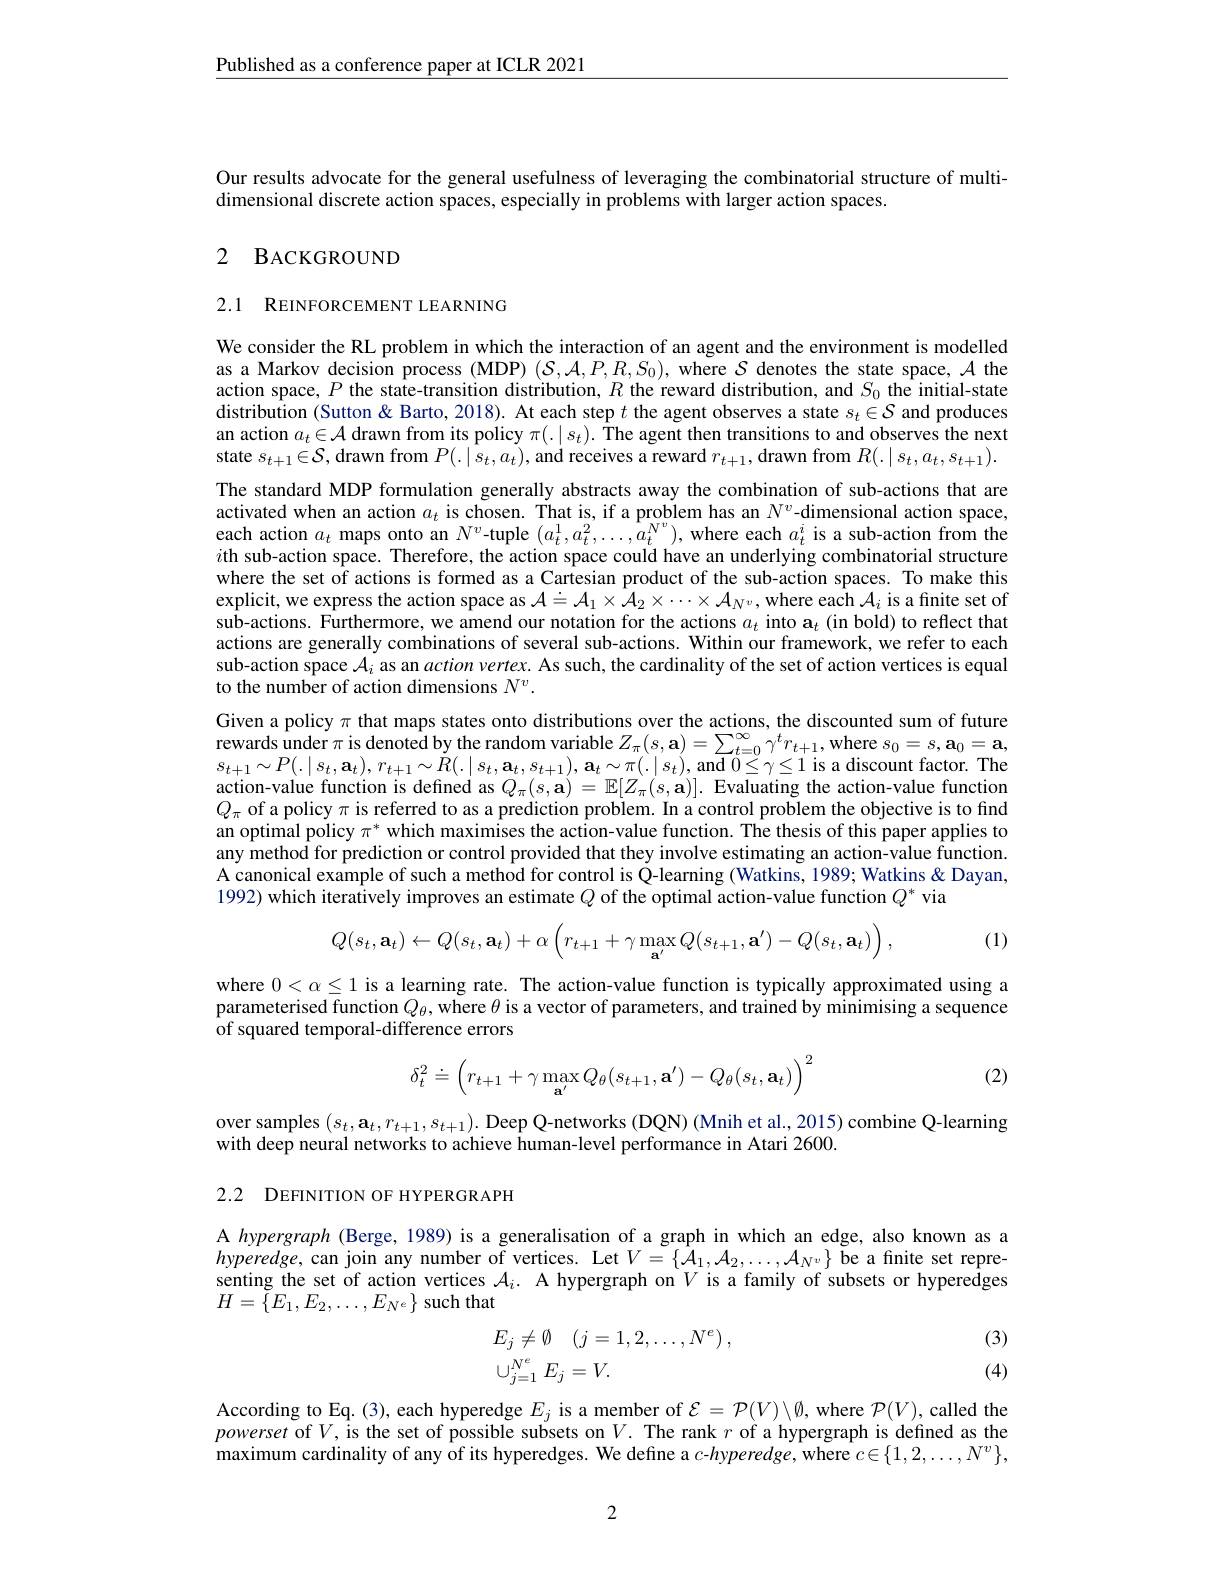
Published as a conference paper at ICLR 2021

Our results advocate for the general usefulness of leveraging the combinatorial structure of multi-
dimensional discrete action spaces, especially in problems with larger action spaces.

# 2 BACKGROUND

2.1 REINFORCEMENT LEARNING

We consider the RL problem in which the interaction of an agent and the environment is modelled as a Markov decision process (MDP) $(\mathcal{S},\mathcal{A},P,R,S_0)$, where $\mathcal{S}$ denotes the state space, $\mathcal{A}$ the action space, $P$ the state-transition distribution, $R$ the reward distribution, and $S_0$ the initial-state distribution (Sutton & Barto, 2018). At each step $t$ the agent observes a state $s_t\in\mathcal{S}$ and produces an action $a_t\in\mathcal{A}$ drawn from its policy $\pi(.|s_t).$ The agent then transitions to and observes the next state $s_t+1\in\mathcal{S}$, drawn from $P(.|\tilde{s}_t,a_t)$, and receives a reward $r_t+1$, drawn from $R(.|s_t,a_t,s_{t+1}).$ The standard MDP formulation generally abstracts away the combination of sub-actions that are activated when an action $a_t$ is chosen. That is, if a problem has an $N^v$-dimensional action space, each action $a_t$ maps onto an $N^v$-tuple $(a_t^1,a_t^2,\ldots,a_t^{N^v})$, where each $a_t^i$ is a sub-action from the $i$th sub-action space. Therefore, the action space could have an underlying combinatorial structure where the set of actions is formed as a Cartesian product of the sub-action spaces. To make this explicit, we express the action space as $\mathcal{A}=\mathcal{A}_1\times\mathcal{A}_2\times\cdots\times\mathcal{A}_{N^v}$, where each $\mathcal{A}_i$ is a finite set of sub-actions. Furthermore, we amend our notation for the actions $a_t$ into a$_t$ (in bold) to reflect that actions are generally combinations of several sub-actions. Within our framework, we refer to each sub-action space $\mathcal{A}_i$ as an action vertex. As such, the cardinality of the set of action vertices is equal to the number of action dimensions $N^v.$
Given a policy $\pi$ that maps states onto distributions over the actions, the discounted sum of future rewards under $\pi$ is denoted by the random variable $Z_\pi(s,\mathbf{a})=\sum_{t=0}^\infty\gamma^tr_{t+1}$, where $s_0=s,\mathbf{a}_0=\mathbf{a}$, $s_{t+1}\sim P(.\mid s_{t},\mathbf{a}_{t}),r_{t+1}\sim\dot{R}(.\mid s_{t},\mathbf{a}_{t},s_{t+1}),\mathbf{a}_{t}\sim\pi(.\mid s_{t})$,and $0\leq\gamma\leq1$ is a discount factor.The action-value function is defined as $Q_\pi(s,\mathbf{a})=\mathbb{E}[Z_\pi(s,\mathbf{a})].$ Evaluating the action-value function $Q_{\pi}$ of a policy $\pi$ is referred to as a prediction problem. In a control problem the objective is to find an optimal policy $\pi^*$ which maximises the action-value function. The thesis of this paper applies to any method for prediction or control provided that they involve estimating an action-value function. $\hat{\text{A canonical example of such a method for control is Q-learning (Watkins, 1989; Watkins }\&}$Dayan, 1992) which iteratively improves an estimate $Q$ of the optimal action-value function $Q^*$ via
$$Q(s_t,\mathbf{a}_t)\leftarrow Q(s_t,\mathbf{a}_t)+\alpha\left(r_{t+1}+\gamma\max_{\mathbf{a}'}Q(s_{t+1},\mathbf{a}')-Q(s_t,\mathbf{a}_t)\right),$$
(1)

where $0<\alpha\leq1$ is a learning rate. The action-value function is typically approximated using a parameterised function $Q_\theta$, where $\theta$ is a vector of parameters, and trained by minimising a sequence of squared temporal- difference errors

(2)
$$\delta_{t}^{2}\doteq\left(r_{t+1}+\gamma\max_{\mathbf{a}'}Q_{\theta}(s_{t+1},\mathbf{a}')-Q_{\theta}(s_{t},\mathbf{a}_{t})\right)^{2}$$
over samples $(s_t,\mathbf{a}_t,r_{t+1},s_{t+1}).$ Deep Q-networks (DQN) (Mnih et al.,2015) combine Q-learning
with deep neural networks to achieve human-level performance in Atari 2600.

2.2 DEFINITION OF HYPERGRAPH

A hypergraph (Berge, 1989) is a generalisation of a graph in which an edge, also known as a $hyperedge$, can join any number of vertices. Let $V=\{\hat{\mathcal A}_1,\mathcal{A}_2,\ldots,\mathcal{A}_N^v\}$ be a finite set representing the set of action vertices $\mathcal{A}_i.$ A hypergraph on $V$ is a family of subsets or hyperedges $H=\{E_{1},E_{2},\ldots,E_{N^{e}}\}$ such that

(3)
$$\begin{array}{ll}E_j\neq\emptyset&(j=1,2,\dots,N^e)\:,\\\cup_{j=1}^{N^e}E_j=V.\end{array}$$
(4)

According to Eq.(3), each hyperedge $E_j$ is a member of $\mathcal{E}=\mathcal{P}(V)\backslash\emptyset$, where $\mathcal{P}(V)$, called the powerset of$V$,is the set of possible subsets on$V.$ The rank $r$ of a hypergraph is defined as the maximum cardinality of any $\hat{\text{of its hyperedges. We define a }c}-hyperedge$, where $c\in\{1,2,\ldots,N^v\}$,

2